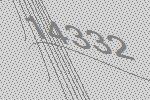
14332